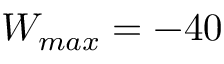
W _ { m a x } = - 4 0